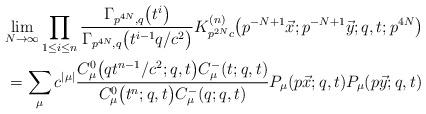
LaTeX: \begin{gather*}\lim_{N\to\infty}\prod_{1\le i\le n} \frac{\Gamma_{p^{4N},q}\big(t^i\big)} {\Gamma_{p^{4N},q}\big(t^{i-1}q/c^2\big)}K^{(n)}_{p^{2N}c}\big(p^{-N+1}\vec{x};p^{-N+1}\vec{y};q,t;p^{4N}\big)\\{} =\sum_{\mu} c^{|\mu|}\frac{C^0_\mu\big(qt^{n-1}/c^2;q,t\big)C^-_\mu(t;q,t)} {C^0_\mu\big(t^n;q,t\big) C^-_\mu(q;q,t)} P_\mu(p\vec{x};q,t)P_\mu(p\vec{y};q,t)\end{gather*}